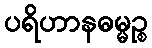
ပရိဟာနဓမ္မဉ္စ